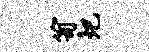
笥圯